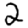
Digit: 2